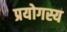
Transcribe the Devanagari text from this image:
प्रयोगस्य